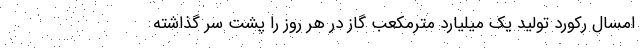
امسال رکورد تولید یک میلیارد مترمکعب گاز در هر روز را پشت سر گذاشته